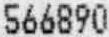
566890